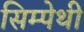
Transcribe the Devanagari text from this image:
सिम्पेथी